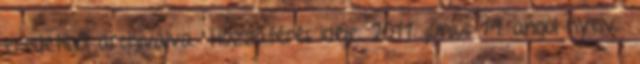
eredetiből archiválva Hozzáférés ideje: 2011. június 19. angol nyelvű